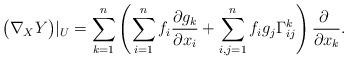
LaTeX: \begin{align*}\bigl(\nabla_XY\bigr)\vert_U=\sum_{k=1}^n\left(\sum_{i=1}^nf_i\frac{\partial g_k}{\partial x_i} +\sum_{i,j=1}^nf_ig_j\Gamma_{ij}^k\right)\frac{\partial\ }{\partial x_k}.\end{align*}